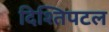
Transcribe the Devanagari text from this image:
दिश्तिपटल